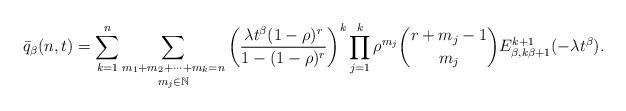
LaTeX: \begin{align*}\bar{q}_{\beta}(n,t)=\sum_{k=1}^{n}\underset{m_j\in\mathbb{N}}{\underset{m_{1}+m_{2}+\dots+m_{k}=n}{\sum}}\left(\frac{\lambda t^{\beta}(1-\rho)^{r}}{1-(1-\rho)^{r}}\right)^{k}\prod_{j=1}^{k}\rho^{m_{j}}\binom{r+m_{j}-1}{m_{j}}E_{\beta,k\beta+1}^{k+1}(-\lambda t^{\beta}).\end{align*}